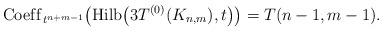
\begin{gather*}{\rm Coef\/f}_{t^{n+m-1}} \bigl({\rm Hilb}\big(3T^{(0)}(K_{n,m}),t\big)\bigr) = T(n-1,m-1).\end{gather*}